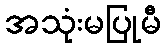
အသုံးမပြုမီ